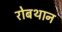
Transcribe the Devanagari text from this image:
रोबथान